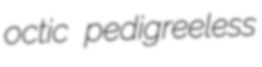
octic pedigreeless